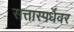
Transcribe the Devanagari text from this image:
सत्तास्पर्धेवर